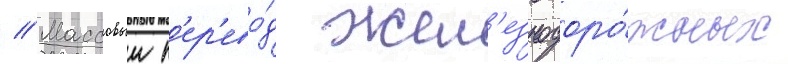
// Массовыи п'ер'ево́д жел'езнодоро́жных